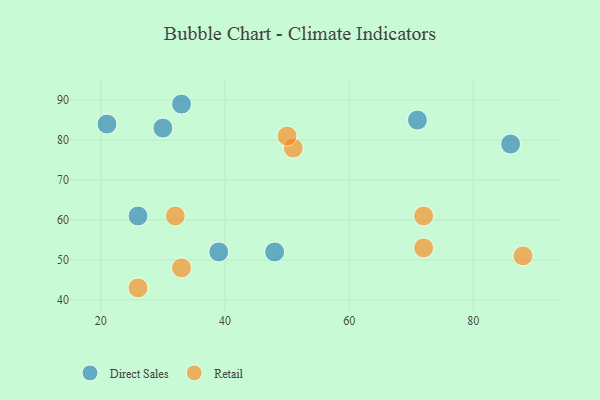
{"axis": {"x": "GDP", "y": "Life Expectancy"}, "legend": ["Direct Sales", "Retail"], "data": [{"x": "26", "y": 61, "type": "Direct Sales"}, {"x": "21", "y": 84, "type": "Direct Sales"}, {"x": "71", "y": 85, "type": "Direct Sales"}, {"x": "30", "y": 83, "type": "Direct Sales"}, {"x": "33", "y": 89, "type": "Direct Sales"}, {"x": "48", "y": 52, "type": "Direct Sales"}, {"x": "39", "y": 52, "type": "Direct Sales"}, {"x": "86", "y": 79, "type": "Direct Sales"}, {"x": "32", "y": 61, "type": "Retail"}, {"x": "72", "y": 61, "type": "Retail"}, {"x": "88", "y": 51, "type": "Retail"}, {"x": "51", "y": 78, "type": "Retail"}, {"x": "33", "y": 48, "type": "Retail"}, {"x": "50", "y": 81, "type": "Retail"}, {"x": "72", "y": 53, "type": "Retail"}, {"x": "26", "y": 43, "type": "Retail"}]}